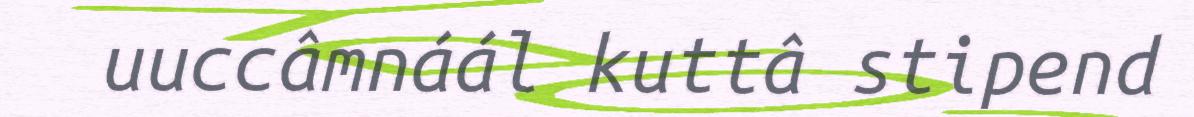
uuccâmnáál kuttâ stipend